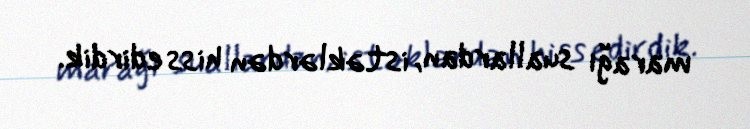
marağı suallardan, istəklərdən hiss edirdik.